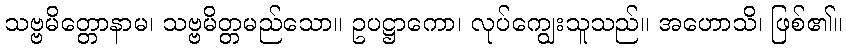
သဗ္ဗမိတ္တောနာမ၊ သဗ္ဗမိတ္တမည်သော။ ဥပဋ္ဌာကော၊ လုပ်ကျွေးသူသည်။ အဟောသိ၊ ဖြစ်၏။